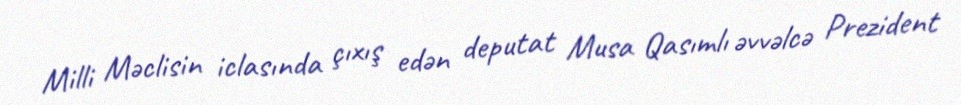
Milli Məclisin iclasında çıxış edən deputat Musa Qasımlı əvvəlcə Prezident